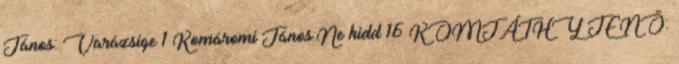
János: Varázsige 1 Komáromi János:Ne hidd 16 KOMJÁTHY JENŐ: